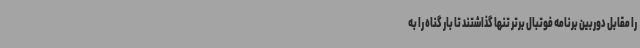
را مقابل دوربین برنامه فوتبال برتر تنها گذاشتند تا بار گناه را به